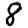
Digit: 8